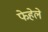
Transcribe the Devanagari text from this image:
फेहेले